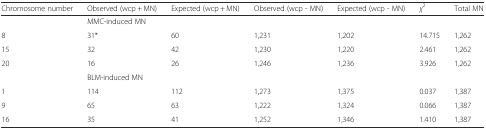
| Chromosome number | Observed (wcp + MN) | Expected (wcp + MN) | Observed (wcp - MN) | Expected (wcp - MN) | χ2 | Total MN |
 | --- | --- | --- | --- | --- | --- | --- |
 |  | <COLSPAN=6> MMC-induced MN |
 | 8 | 31* | 60 | 1,231 | 1,202 | 14.715 | 1,262 |
 | 15 | 32 | 42 | 1,230 | 1,220 | 2.461 | 1,262 |
 | 20 | 16 | 26 | 1,246 | 1,236 | 3.926 | 1,262 |
 |  | <COLSPAN=6> BLM-induced MN |
 | 1 | 114 | 112 | 1,273 | 1,375 | 0.037 | 1,387 |
 | 9 | 65 | 63 | 1,222 | 1,324 | 0.066 | 1,387 |
 | 16 | 35 | 41 | 1,252 | 1,346 | 1.410 | 1,387 |